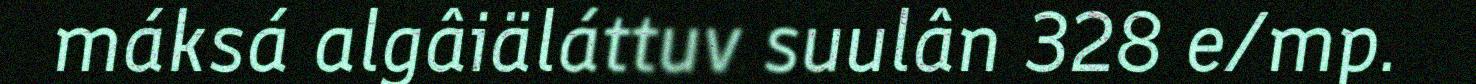
máksá algâiäláttuv suulân 328 e/mp.